Indian journal of veterinary science and animal husbandry - Volumes 22-23, 1952-1953
Year: 1952
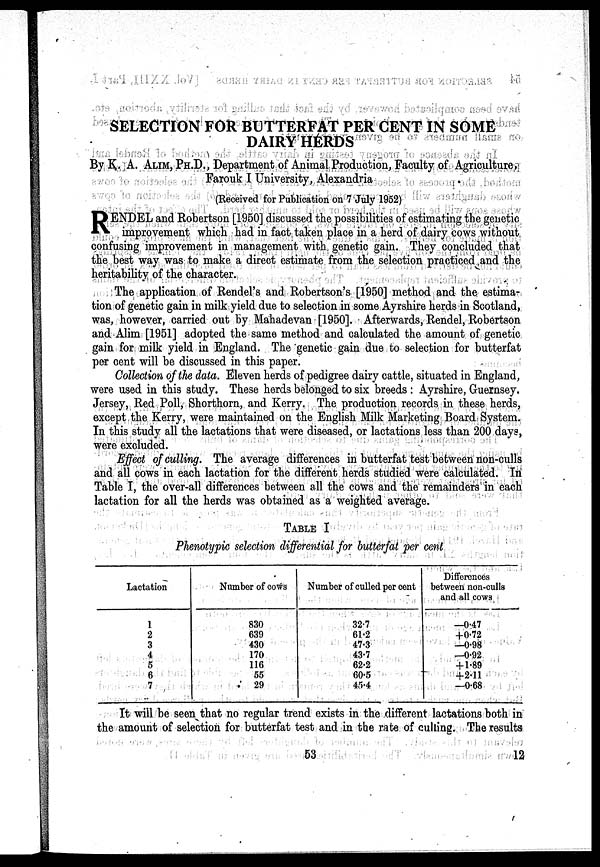
SELECTION FOR BUTTERFAT PER CENT IN SOME
DAIRY HERDS
By. K., A. ALIM, PH.D., Department of Animal Production, Faculty of Agriculture,
Farouk I University, Alexandria
(Received for Publication on 7 July 1952)
R ENDEL and Robertson [1950] discussed the possibilities of estimating the genetic
improvement which had in fact taken place in a herd of dairy cows without,
confusing improvement in management with genetic gain. They concluded that
the best way was to make a direct estimate from the selection practiced and the
heritability of the character.
The application of Rendel's and Robertson's [1950] method and the, estima-
tion of genetic gain in milk yield due to selection in some Ayrshire herds in Scotland,
was, however, carried out by Mahadevan [1950]. Afterwards, Rendel, Robertson
and Alim [1951] adopted the same method and calculated the amount of genetic
gain for milk yield in England. The genetic gain due to selection for butterfat
per cent will be discussed in this paper.
Collection of the data. Eleven herds of pedigree dairy cattle, situated in England,
were used in this study. These herds belonged to six breeds: Ayrshire, Guernsey.
Jersey, Red Poll, Shorthorn, and Kerry. The production records in these, herds,
except, the Kerry, were maintained on the English. Milk Marketing, Boards System.
In this study all the lactations that were diseased, or lactations less than 200 days,
were excluded.
Effect of culling. The average differences in butterfat test between non-culls
and all cows in each lactation for the different herds studied were calculated. In
Table I, the over-all differences between all the cows and the remainders in each
lactation for all the herds was obtained as a weighted average.
TABLE I
Phenotypic selection differential for butterfat per cent
Lactation
1
2
3
4
5
6
7
Number of cows
830
639
430
170
116
55
29
Number of culled per cent
32.7
61.2
47.3
43.7
62.2
60.5
45.4
Differences
between non-culls
and all cows
—0.47
+0.72
—0.98
—0.92
+ 1.89
4.2.11
—0.68
It will be seen that no regular trend exists in the different lactations both in
the amount of selection for butterfat test and in the rate of culling. The results
53
12